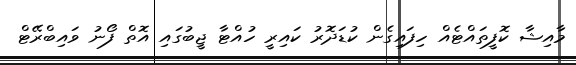
މާއިޝާ ކޮފީތައްޓެއް ހިފައިގެން ކުޑަދޮރު ކައިރީ ހުއްޓާ ޖީބުގައި އޮތް ފޯނު ވައިބްރޭޓް